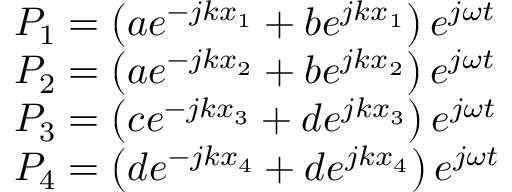
\begin{array} { r l } & { P _ { 1 } = \left( a e ^ { - j k x _ { 1 } } + b e ^ { j k x _ { 1 } } \right) e ^ { j \omega t } } \\ & { P _ { 2 } = \left( a e ^ { - j k x _ { 2 } } + b e ^ { j k x _ { 2 } } \right) e ^ { j \omega t } } \\ & { P _ { 3 } = \left( c e ^ { - j k x _ { 3 } } + d e ^ { j k x _ { 3 } } \right) e ^ { j \omega t } } \\ & { P _ { 4 } = \left( d e ^ { - j k x _ { 4 } } + d e ^ { j k x _ { 4 } } \right) e ^ { j \omega t } } \end{array}